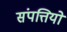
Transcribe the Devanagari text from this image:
संपत्तियो